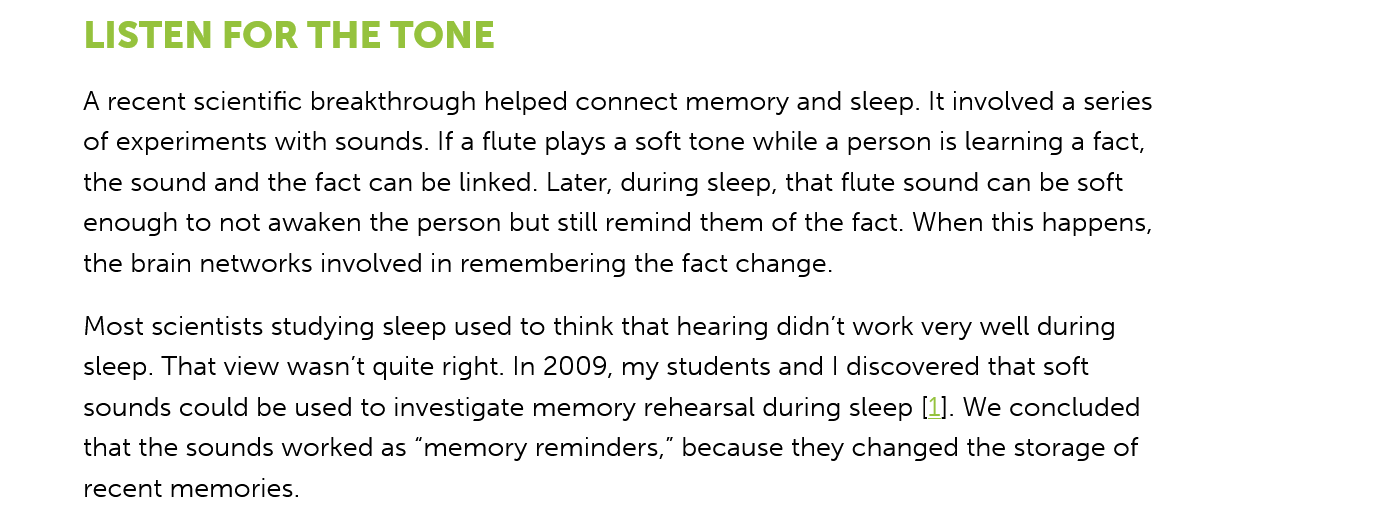
LISTEN   FOR   THE   TONE
     A recent scientific breakthrough helped connect memory and sleep. It involved a series
     of experiments with sounds. If a flute plays a soft tone while a person is learning a fact,
     the sound and the fact can be linked. Later, during sleep, that flute sound can be soft
     enough to not awaken the person but still remind them of the fact. When this happens,
     the brain networks involved in remembering the fact change.
     Most scientists studying sleep used to think that hearing didn’t work very well during
     sleep. That view wasn't quite right. In 2009, my students and | discovered that soft
     sounds could be used to investigate memory rehearsal during sleep [1]. We concluded
     that the sounds worked as “memory reminders,” because they changed the storage of
     recent memories.